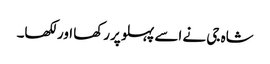
شاہ جی نے اسے پہلو پررکھا اورلکھا۔